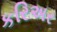
કરિઅર